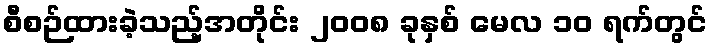
စီစဉ်ထားခဲ့သည့်အတိုင်း ၂၀၀၈ ခုနှစ် မေလ ၁၀ ရက်တွင်